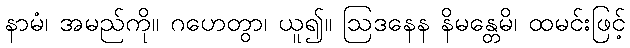
နာမံ၊ အမည်ကို။ ဂဟေတွာ၊ ယူ၍။ ဩဒနေန နိမန္တေမိ၊ ထမင်းဖြင့်